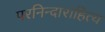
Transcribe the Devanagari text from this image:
परनिन्दाराहित्य